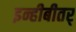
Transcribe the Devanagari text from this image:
इन्हीबीतर्